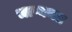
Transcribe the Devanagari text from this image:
भाष्यमत